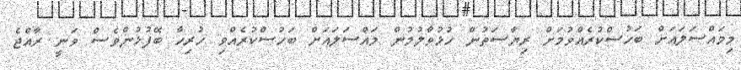
މިމައްސަލައަށް ބަހުސްކުރެއްވުމަށް ރިޔާސަތުން ހުޅުވާލުމުން މައްސަލައަށް ބަހުސްކުރެއްވި ހުރިހާ ބޭފުޅުންވެސް ވަނީ ރާއްޖެ